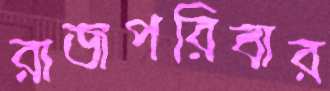
রাজপরিবার